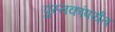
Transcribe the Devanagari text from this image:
पुस्तकांपर्यंत